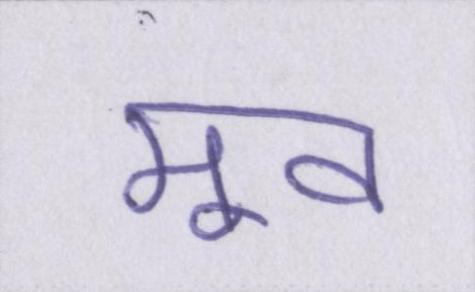
मूव